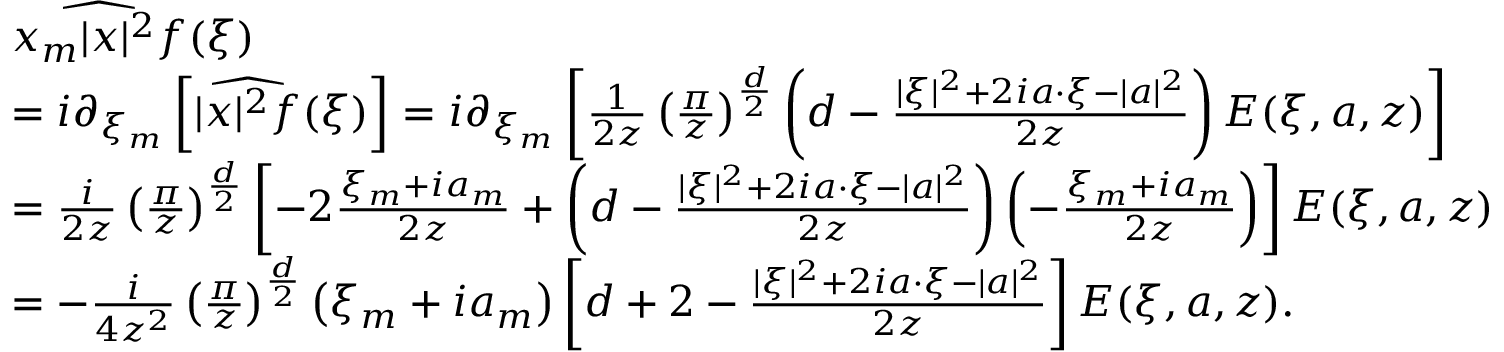
\begin{array} { r l } & { \widehat { x _ { m } | x | ^ { 2 } f } ( \xi ) } \\ & { = i \partial _ { \xi _ { m } } \left[ \widehat { | x | ^ { 2 } f } ( \xi ) \right] = i \partial _ { \xi _ { m } } \left[ \frac { 1 } { 2 z } \left( \frac { \pi } { z } \right) ^ { \frac { d } { 2 } } \left( d - \frac { | \xi | ^ { 2 } + 2 i a \cdot \xi - | a | ^ { 2 } } { 2 z } \right) E ( \xi , a , z ) \right] } \\ & { = \frac { i } { 2 z } \left( \frac { \pi } { z } \right) ^ { \frac { d } { 2 } } \left[ - 2 \frac { \xi _ { m } + i a _ { m } } { 2 z } + \left( d - \frac { | \xi | ^ { 2 } + 2 i a \cdot \xi - | a | ^ { 2 } } { 2 z } \right) \left( - \frac { \xi _ { m } + i a _ { m } } { 2 z } \right) \right] E ( \xi , a , z ) } \\ & { = - \frac { i } { 4 z ^ { 2 } } \left( \frac { \pi } { z } \right) ^ { \frac { d } { 2 } } \left( \xi _ { m } + i a _ { m } \right) \left[ d + 2 - \frac { | \xi | ^ { 2 } + 2 i a \cdot \xi - | a | ^ { 2 } } { 2 z } \right] E ( \xi , a , z ) . } \end{array}